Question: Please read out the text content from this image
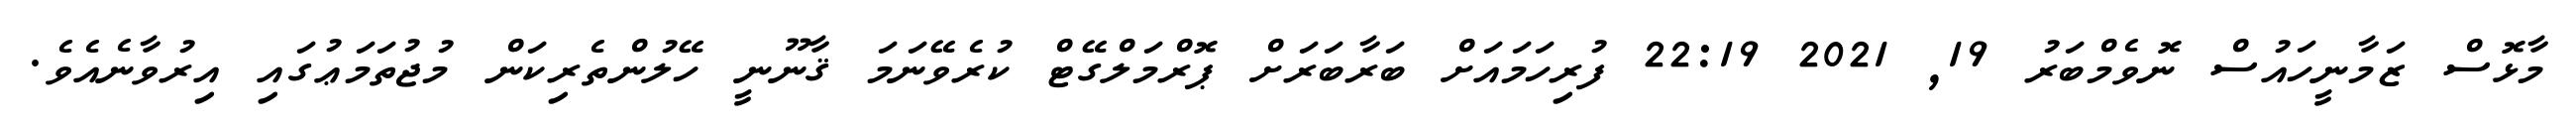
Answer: މާޅޮސް ޒަމާނީހައުސް ނޮވެމްބަރު 19, 2021 22:19 ފުރިހަމައަށް ބަރާބަރަށް ޕޮރްމަލްގޭޓް ކުރެވޭނަމަ ޤާނޫނީ ހޭލުންތެރިކަން މުޖުތަމަޢުގައި އިރުވާނެއެވެ.